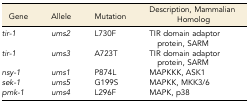
<table><thead><tr><td><b>Gene</b></td><td><b>Allele</b></td><td><b>Mutation</b></td><td><b>Description, Mammalian Homolog</b></td></tr></thead><tbody><tr><td><i>tir-1</i></td><td><i>ums2</i></td><td>L730F</td><td>TIR domain adaptor protein, SARM</td></tr><tr><td><i>tir-1</i></td><td><i>ums3</i></td><td>A723T</td><td>TIR domain adaptor protein, SARM</td></tr><tr><td><i>nsy-1</i></td><td><i>ums1</i></td><td>P874L</td><td>MAPKKK, ASK1</td></tr><tr><td><i>sek-1</i></td><td><i>ums5</i></td><td>G199S</td><td>MAPKK, MKK3/6</td></tr><tr><td><i>pmk-1</i></td><td><i>ums4</i></td><td>L296F</td><td>MAPK, p38</td></tr></tbody></table>